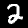
Label: 2